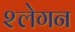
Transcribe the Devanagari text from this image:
श्लेगन